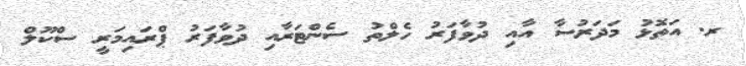
ރ. އަތޮޅު މަދަރުސާ އާއި ދުވާފަރު ހެލްތު ސެންޓަރާއި ދުވާފަރު ޕްރައިމަރީ ސްކޫލް